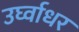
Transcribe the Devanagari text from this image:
उर्घ्वाधर